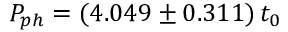
P _ { p h } = ( 4 . 0 4 9 \pm 0 . 3 1 1 ) \, t _ { 0 }